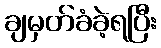
ချမှတ်ခံခဲ့ရပြီး